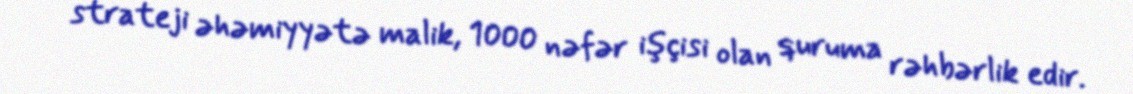
strateji əhəmiyyətə malik, 1000 nəfər işçisi olan quruma rəhbərlik edir.